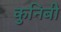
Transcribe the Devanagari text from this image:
कुनिबी